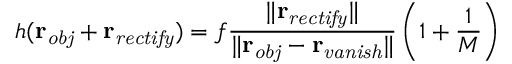
h ( \mathbf { r _ { \mathit { o b j } } } + \mathbf { r _ { \mathit { r e c t i f y } } } ) = f \frac { \| \mathbf { r _ { \mathit { r e c t i f y } } } \| } { \| \mathbf { r _ { \mathit { o b j } } } - \mathbf { r _ { \mathit { v a n i s h } } } \| } \left( 1 + \frac { 1 } { M } \right)